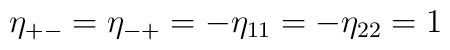
\eta_{+-} = \eta_{-+} = - \eta_{11} = - \eta_{22} = 1